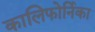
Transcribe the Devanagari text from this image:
कालिफोर्निका